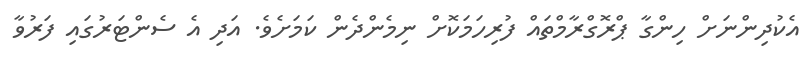
އެކުދިންނަށް ހިންގާ ޕްރޮގްރާމްތައް ފުރިހަމަކޮށް ނިމެންދެން ކަމަށެވެ. އަދި އެ ސެންޓަރުގައި ފަރުވާ